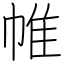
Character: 帷